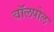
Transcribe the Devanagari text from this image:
वॉलपोल